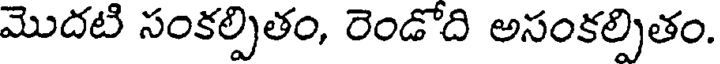
మొదటి సంకల్పితం, రెండోది అసంకల్పితం.